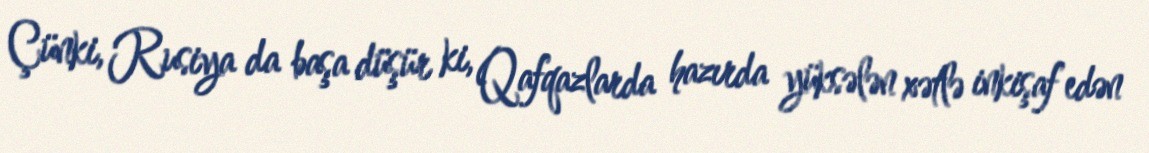
Çünki, Rusiya da başa düşür ki, Qafqazlarda hazırda yüksələn xətlə inkişaf edən